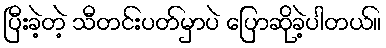
ပြီးခဲ့တဲ့ သီတင်းပတ်မှာပဲ ပြောဆိုခဲ့ပါတယ်။